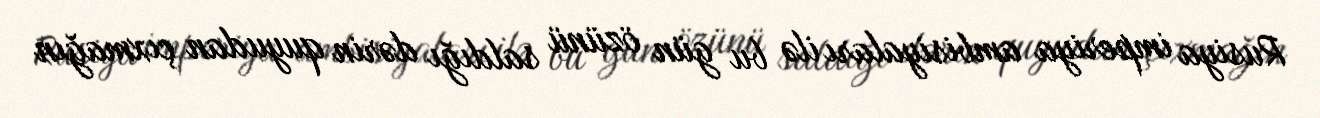
Rusiya imperiya ambisiyaları ilə bu gün özünü saldığı dərin quyudan çıxmağın